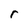
Character: r